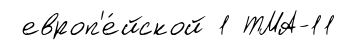
европ'е́йской 1 ТМА-11